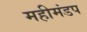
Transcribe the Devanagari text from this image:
महीमंडप